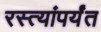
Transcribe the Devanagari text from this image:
रस्त्यांपर्यंत